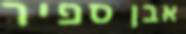
אבן ספיר